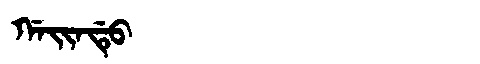
Manchu: ᡤᠠᡳᠨᡩᡠ
Romanization: GAINDU